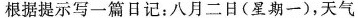
根据提示写一篇日记：八月二日(星期一)，天气